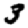
Digit: 3